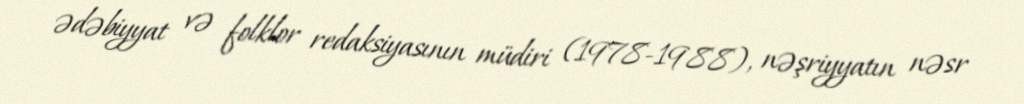
ədəbiyyat və folklor redaksiyasının müdiri (1978-1988), nəşriyyatın nəsr